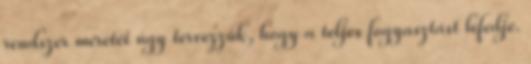
rendszer méretét úgy tervezzük, hogy a teljes fogyasztást lefedje.